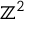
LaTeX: \mathbb { Z } ^ { 2 }